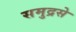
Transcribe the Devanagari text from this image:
समुद्रसे